Report on the cholera epidemic of
Year: 1868
Disease focus: Cholera
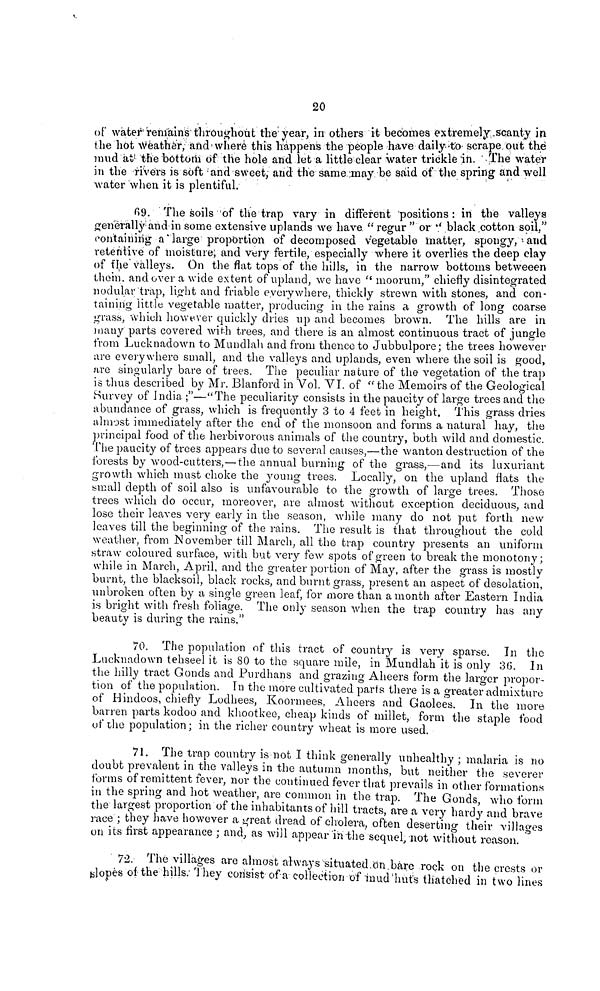
20
of water remains throughout the year, in others it becomes extremely scanty in
the hot leather, and where this happens the people have daily to scrape out the
mud at the bottom of the hole and let a little clear water trickle in. The water
in the rivers is soft and sweet, and the same may be said of the spring and well
water when it is plentiful.
69. The soils of the trap vary in different positions : in the valleys
generally and in some extensive uplands we have. " regur " or " black cotton soil,"
containing a large proportion of decomposed vegetable matter, spongy, and
retentive of moisture; and very fertile, especially where it overlies the deep clay
of the valleys. On the flat tops of the hills, in the narrow bottoms betweeen
them, and over a wide extent of upland, we have " moorum," chiefly disintegrated
nodular trap, light and friable everywhere, thickly strewn with stones, and con-
taining little vegetable matter, producing in the rains a growth of long coarse
grass, which however quickly dries up and becomes brown. The hills are in
many parts covered with trees, and there is an almost continuous tract of jungle
from Lucknadown to Mundlah and from thence to Jubbulpore; the trees however
are everywhere small, and the valleys and uplands, even where the soil is good,
are singularly bare of trees. The peculiar nature of the vegetation of the trap
is thus described by Mr. Blanford in Vol. VI. of "the Memoirs of the Geological
Survey of India ;"—"The peculiarity consists in the paucity of large trees and the
abundance of grass, which is frequently 3 to 4 feet in height. This grass dries
almost immediately after the end of the monsoon and forms a natural hay, the
principal food of the herbivorous animals of the country, both wild and domestic.
The paucity of trees appears due to several causes,—the wanton destruction of the
forests by wood-cutters,—the annual burning of the grass,—and its luxuriant
growth which must choke the young trees. Locally, on the upland fiats the
small depth of soil also is unfavourable to the growth of large trees. Those
trees which do occur, moreover, are almost without exception deciduous, and
lose their leaves very early in the season, while many do not put forth new
leaves till the beginning of the rains. The result is that throughout the cold
weather, from November till March, all the trap country presents an uniform
straw coloured surface, with but very few spots of green to break the monotony;
while in March, April, and the greater portion of May, after the grass is mostly
burnt, the blacksoil, black rocks, and burnt grass, present an aspect of desolation,
unbroken often by a single green leaf, for more than a month after Eastern India
is bright with fresh foliage. The only season when the trap country has any
beauty is during the rains."
70. The population of this tract of country is very sparse. In the
Lucknadown tehseel it is 80 to the square mile, in Mundlah it is only 36. In
the hilly tract Gonds and Purdhans and grazing Aheers form the larger propor-
tion of the population. In the more cultivated parís there is a greater admixture
of Hindoos, chiefly Lodhees, Koormees, Aheers and Gaolees, In the more
barren parts kodoo and khootkee, cheap kinds of millet, form the staple food
of the population; in the richer country wheat is more used.
71. The trap country is not I think generally unhealthy ; malaria is no
doubt prevalent in the valleys in the autumn months, but neither the severer
forms of remittent fever, nor the continued fever that prevails in other formations
in the spring and hot weather, are common in the trap. The Gonds, who form
the largest proportion of the inhabitants of hill tracts, are a very hardy and brave
race ; they heave however a great dread of cholera, often deserting their villages
on its first appearance ; and, as will appear in the sequel, not without reason.
72. The villages are almost always-situated on bare rock on the crests or
slopes of the hills. They consist of a collection of mud huts thatched in two lines